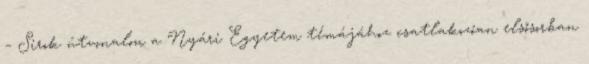
– Sirok útvonalon a Nyári Egyetem témájához csatlakozóan elsősorban